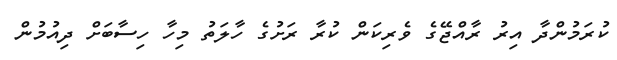
ކުރަމުންދާ އިރު ރާއްޖޭގެ ވެރިކަން ކުރާ ރަށުގެ ހާލަތު މިހާ ހިސާބަށް ދިއުމުން